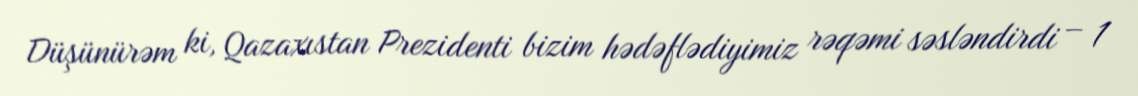
Düşünürəm ki, Qazaxıstan Prezidenti bizim hədəflədiyimiz rəqəmi səsləndirdi – 1